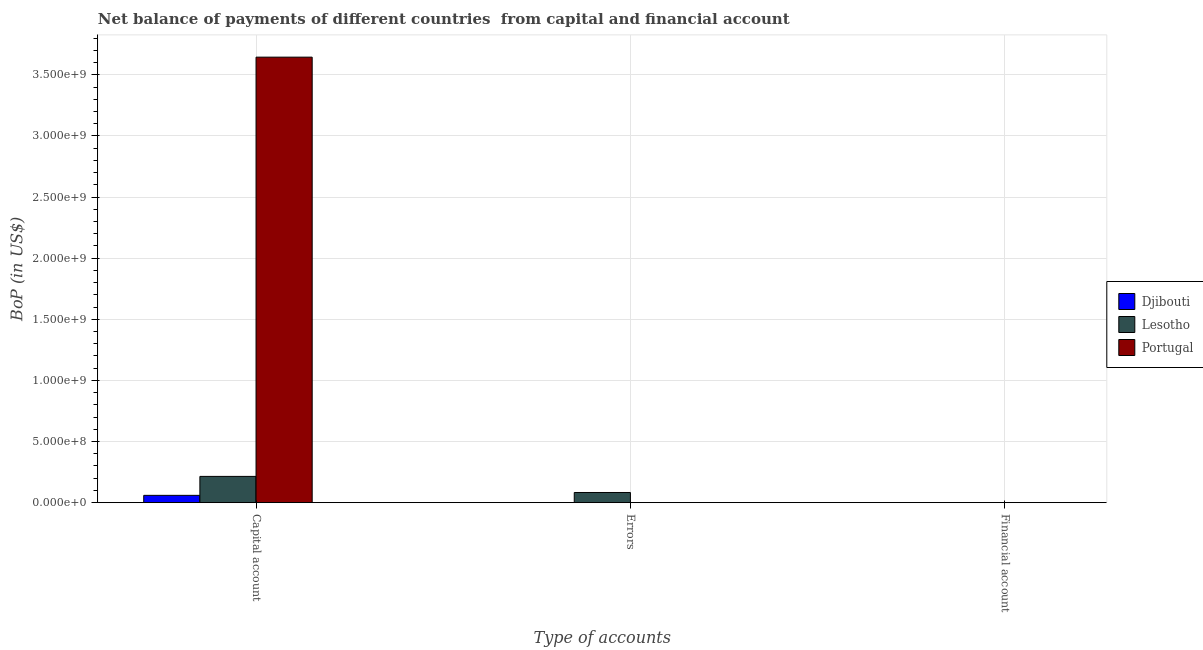
| Type of accounts | Djibouti | Lesotho | Portugal |
 | --- | --- | --- | --- |
 | Capital account | 5.97e+07 | 2.15e+08 | 3.64e+09 |
 | Errors | -3.92e+07 | 8.31e+07 | -4.06e+08 |
 | Financial account | -1.51e+08 | -1.63e+08 | -1.16e+10 |